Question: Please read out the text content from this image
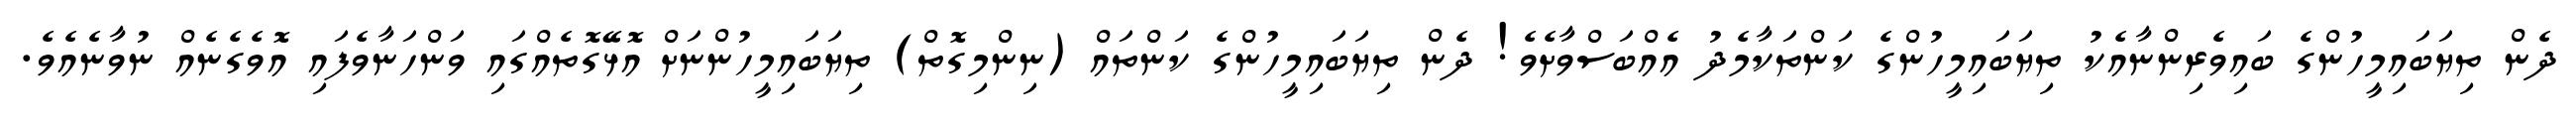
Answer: ދެން ތިޔަބައިމީހުންގެ ބައިވެރިންނާއެކު ތިޔަބައިމީހުންގެ ކަންތަކާމެދު އެއްބަސްވާށެވެ! ދެން ތިޔަބައިމީހުންގެ ކަންތައް (ނިންމިގޮތް) ތިޔަބައިމީހުންނަށް އޮޅޭގޮތެއްގައި ވަންހަނާވެފައި އޮވެގެނެއް ނުވާނެއެވެ.